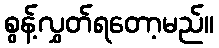
စွန့်လွှတ်ရတော့မည်။